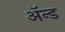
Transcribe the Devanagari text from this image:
ॲन्‍ड